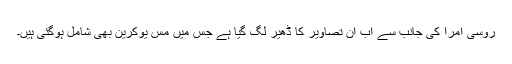
روسی امرا کی جانب سے اب ان تصاویر کا ڈھیر لگ گیا ہے جس میں مس یوکرین بھی شامل ہوگئی ہیں۔